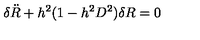
\delta { \ddot { R } } + h ^ { 2 } ( 1 - h ^ { 2 } D ^ { 2 } ) \delta R = 0